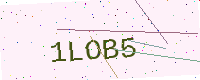
Text: 1LOB5